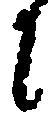
に